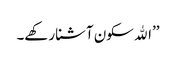
’’اﷲ سکون آشنا رکھے۔